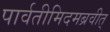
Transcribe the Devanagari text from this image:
पार्वतीमिदमब्रवीत्